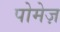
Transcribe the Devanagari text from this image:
पोमेज़